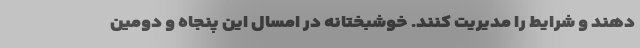
دهند و شرایط را مدیریت کنند. خوشبختانه در امسال این پنجاه و دومین